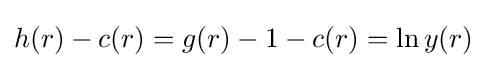
h(r)-c(r)=g(r)-1-c(r)=\ln y(r)